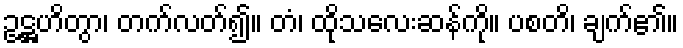
ဥဋ္ဌဟိတွာ၊ တက်လတ်၍။ တံ၊ ထိုသလေးဆန်ကို။ ပစတိ၊ ချက်၏။